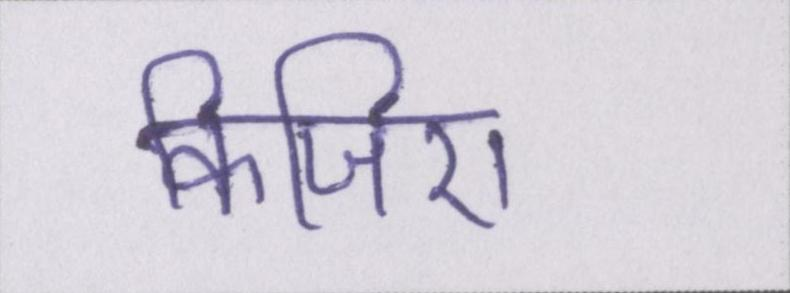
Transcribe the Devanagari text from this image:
किजिए